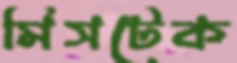
মিসটেক